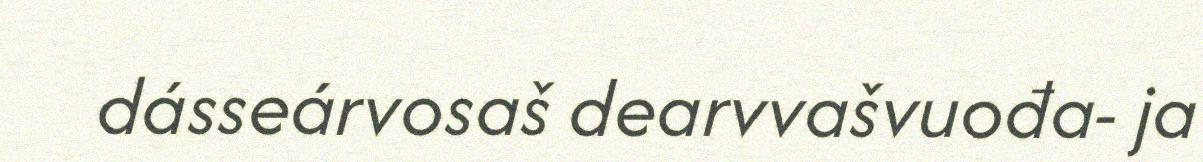
dásseárvosaš dearvvašvuođa- ja